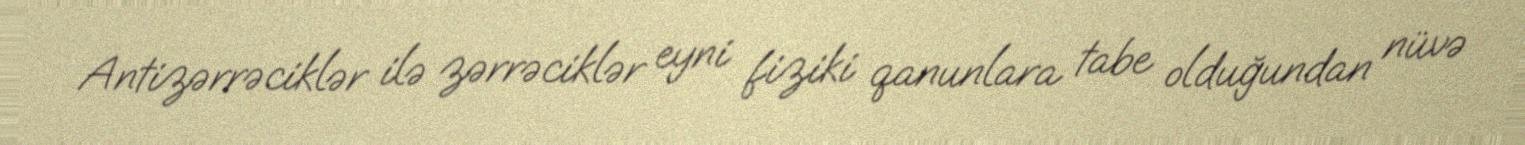
Antizərrəciklər ilə zərrəciklər eyni fiziki qanunlara tabe olduğundan nüvə